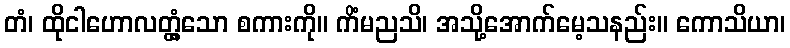
တံ၊ ထိုငါဟောလတ္တံ့သော စကားကို။ ကိံမညသိ၊ အသို့အောက်မေ့သနည်း။ ကောသိယာ၊